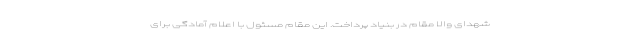
شهدای والا مقام در بنیاد پرداخت. این مقام مسئول با اعلام آمادگی برای